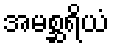
အမစ္ဆရိယံ